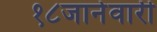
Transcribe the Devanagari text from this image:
१८जानेवारी